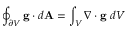
\oint _ { \partial V } \mathbf { g } \cdot d \mathbf { A } = \int _ { V } \nabla \cdot \mathbf { g } \ d V